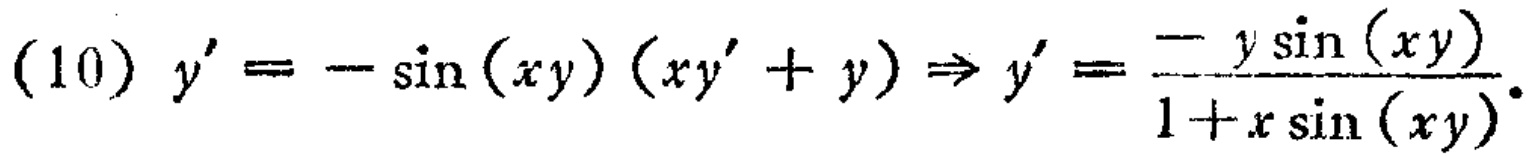
(10) \(y' = -\sin(xy)(xy' + y)\Rightarrow y' = \frac{-y\sin(xy)}{1 + x\sin(xy)}\)